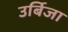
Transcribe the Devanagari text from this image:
उर्बिजा